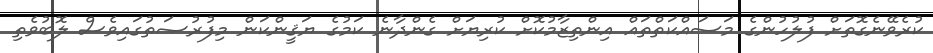
ކުރެވޭނެގޮތަށް ފުލުހުންގެ މަސައްކަތްތައް އިންތިޒާމުކޮށް ކުރިޔަށް ގެންދާނެ ކަމުގެ ޔަޤީންކަން މިފުރުޞަތުގައިވެސް ލޮބުވެތި